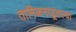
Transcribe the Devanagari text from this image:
तामिळनाडूतल्या